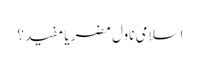
اسلامی ناول مضر یا مفید؟